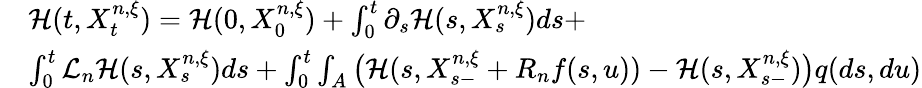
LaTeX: \begin{array}{rl}&{{\mathcal H}(t,X_{t}^{n,\xi})={\mathcal H}(0,X_{0}^{n,\xi})+\int_{0}^{t}\partial_{s}{\mathcal H}(s,X_{s}^{n,\xi})ds+}\\ &{\int_{0}^{t}\mathcal{L}_{n}\mathcal{H}(s,X_{s}^{n,\xi})ds+\int_{0}^{t}\int_{A}\big({\mathcal H}(s,X_{s-}^{n,\xi}+R_{n}f(s,u))-{\mathcal H}(s,X_{s-}^{n,\xi})\big)q(ds,du)}\end{array}